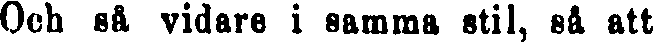
Och så vidare i samma stil, så att